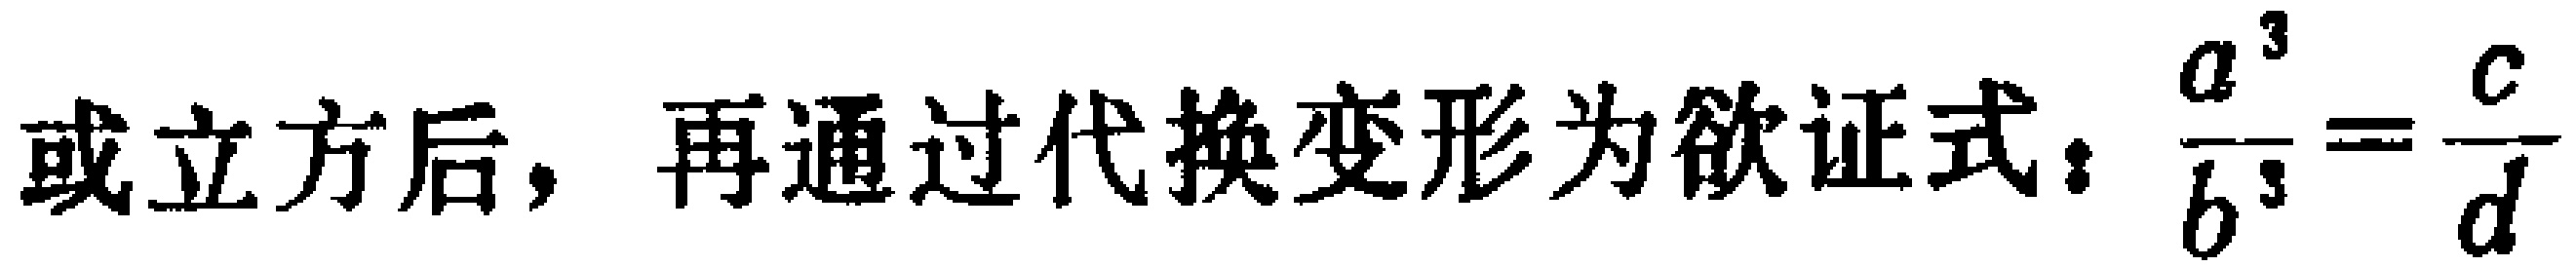
或立方后，再通过代换变形为欲证式：\(\frac{a^{3}}{b^{3}}=\frac{c}{d}\)